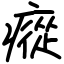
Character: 瘲